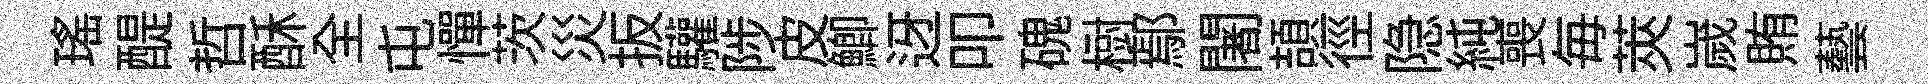
瑶醍哲酥全屯憚茨災扳驩陟皮鯽迓叩磈𣗳鄢闍頡徑隐純喪毎莢嵗賄藝